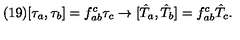
( 1 9 ) [ \tau _ { a } , \tau _ { b } ] = f _ { a b } ^ { c } \tau _ { c } \rightarrow [ \hat { T } _ { a } , \hat { T } _ { b } ] = f _ { a b } ^ { c } \hat { T } _ { c } .